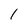
Character: 1